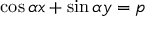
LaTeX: \cos \alpha x + \sin \alpha y = p